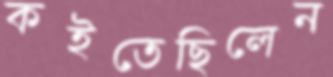
কইতেছিলেন